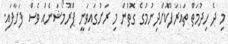
މި ދެ ހިދުމަތް ތައަރަފްކޮށްދިނުމުގެ ގޮތުން މި ރަށުގައިވަނީ ޕްރޮމޯޝަނެއް ވެސް ފަށާފައި.